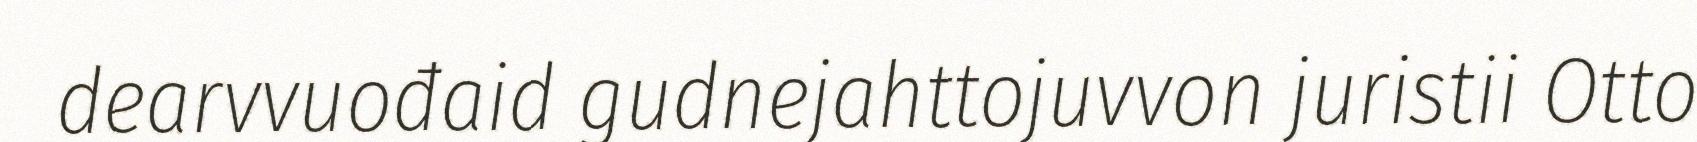
dearvvuođaid gudnejahttojuvvon juristii Otto